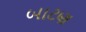
બાટણ